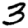
Digit: 3